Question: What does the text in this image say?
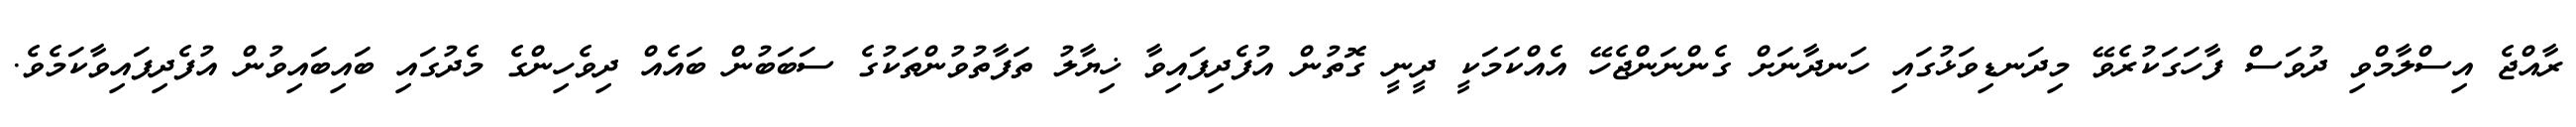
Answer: ރާއްޖެ އިސްލާމްވި ދުވަސް ފާހަގަކުރެވޭ މިދަނޑިވަޅުގައި ހަނދާނަށް ގެންނަންޖެހޭ އެއްކަމަކީ ދީނީ ގޮތުން އުފެދިފައިވާ ޚިޔާލު ތަފާތުވުންތަކުގެ ސަބަބުން ބައެއް ދިވެހިންގެ މެދުގައި ބައިބައިވުން އުފެދިފައިވާކަމެވެ.